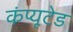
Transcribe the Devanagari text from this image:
कंप्यूटेड